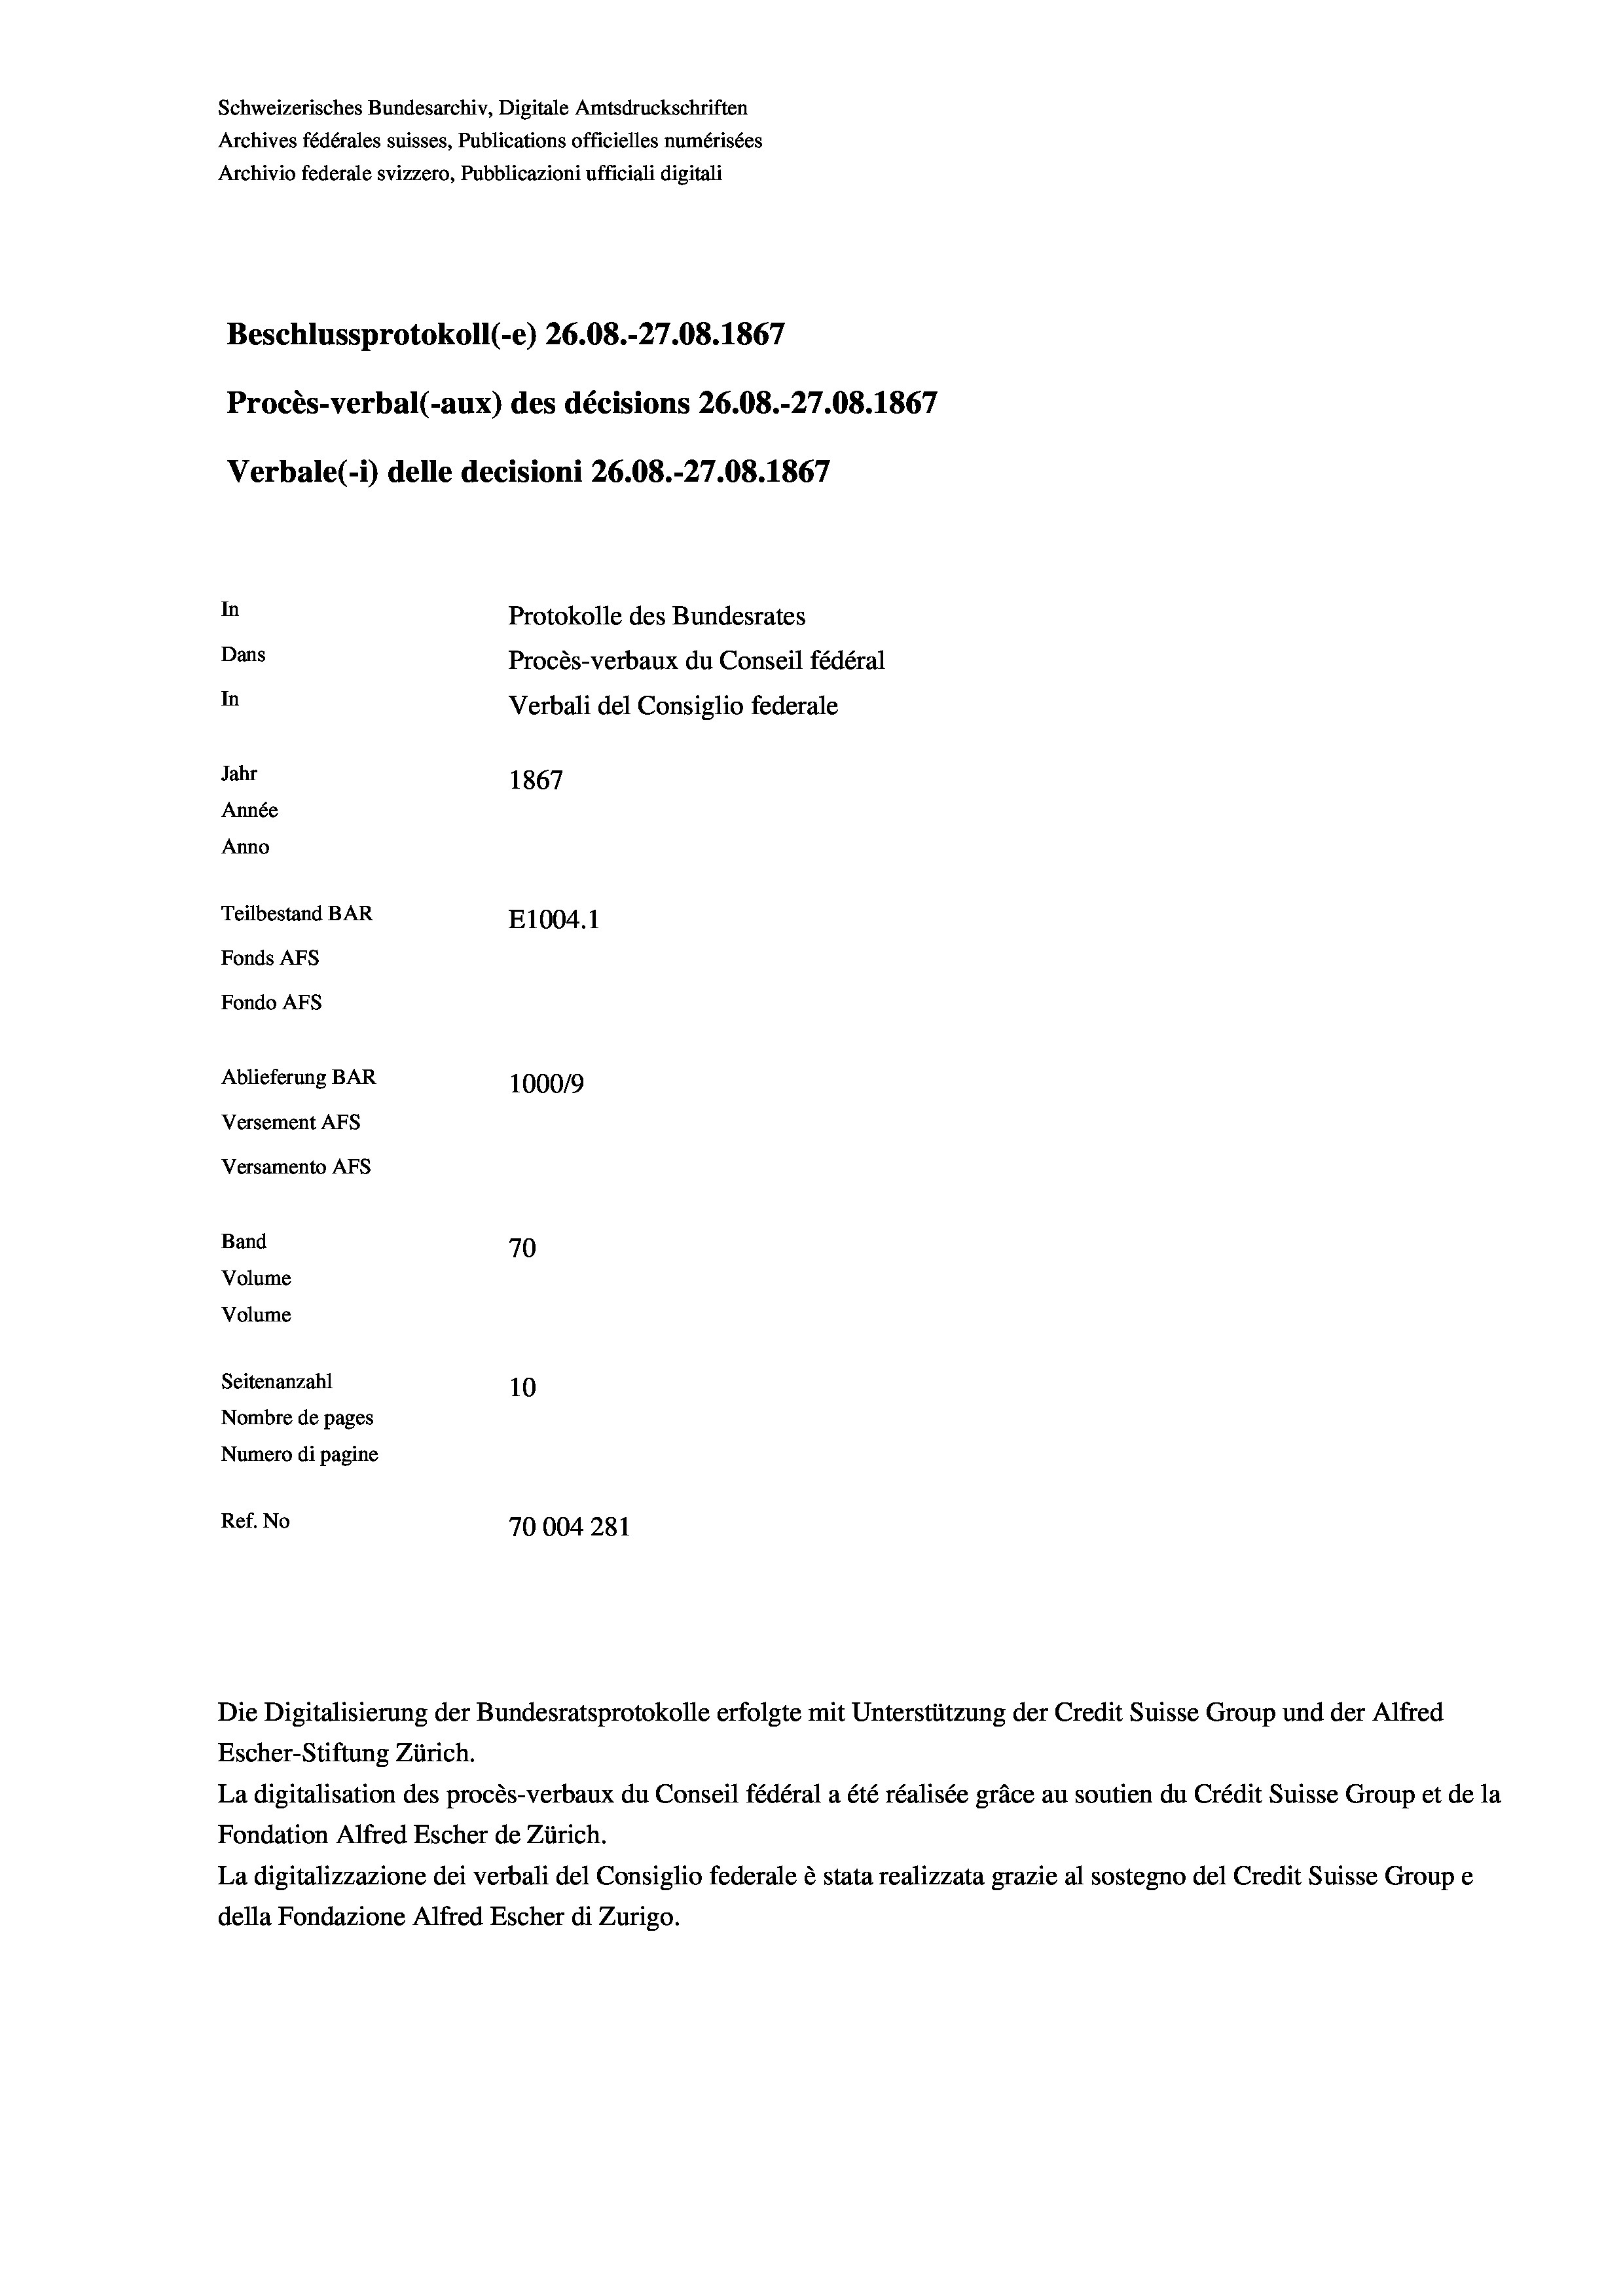
Schweizerisches Bundesarchiv, Digitale Amtsdruckschriften
Archives fédérales suisses, Publications officielles numérisées
Archivio federale svizzero, Pubblicazioni ufficiali digitali
Beschlussprotokoll (-e) 26.08.-27.08. 1867
Procès-verbal (-aux) des décisions 26.08.-27.08. 1867
Verbale (- 1) delle decisioni 26.08.-27.08. 1867
In
Protokolle des Bundesrates
Dans
Procès-verbaux du Conseil fédéral
In
Verbali del Consiglio federale
Jahr
1867
Année
Anno
Teilbestand BAR
E1004.1
Fonds AFs
Fondo AFS
Ablieferung BAR
100019
Versement AFs
Versamento AFs
Band
70
Volume
Volume
Seitenanzahl
10
Nombre de pages
Numero di pagine
Ref. No
70004281

Escher-Stiftung Zürich.
La digitalisation des procès-verbaux du Conseil fédéral a été réalisée gräce au soutien du Crédit Suisse Group et de la
Fondation Alfred Escher de Zürich.
La digitalizzazione dei verbali del Consiglio federale è stata realizzata grazie al sostegno del Credit Suisse Groupe
della Fondazione Alfred Escher di Zurigo.

Die Digitalisierung der Bundesratsprotokolle erfolgte mit Unterstützung der Credit Suisse Group und der Alfred